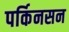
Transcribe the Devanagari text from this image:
पर्किनसन